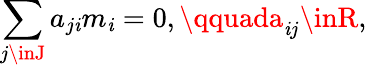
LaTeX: \sum_{j\inJ}a_{j\mathit{i}}m_{\mathit{i}}=0,\qquada_{\mathit{i}j}\inR,